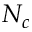
N _ { c }